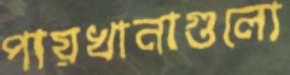
পায়খানাগুলো